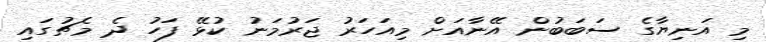
މި އަނިޔާގެ ސަބަބުން އޭނާއަށް މިއަހަރު ޖަރުމަނު ކުޅޭ ފަހު ދެ މެޗުގައި